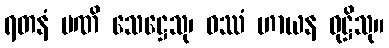
ရတနံ မဏိ သေဋ္ဌေသု၊ ဝဿံ ဟာယန ဝုဋ္ဌိသု။